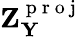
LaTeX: \mathbf{Z_{Y}^{\mathrm{~p~r~o~j~}}}